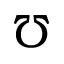
\mho